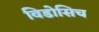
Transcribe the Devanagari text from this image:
विडोसिच